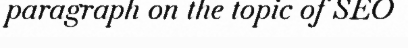
paragraph on the topic of SEO